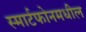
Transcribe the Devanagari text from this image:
स्मार्टफोनमधील